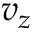
v _ { z }